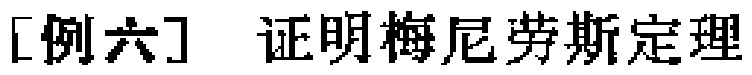
[例六] 证明梅尼劳斯定理